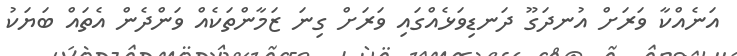
އަނެއްކާ ވަރަށް އުނދަގޫ ދަނޑިވަޅެއްގައި ވަރަށް ގިނަ ޒަމާންތަކެއް ވަންދެން އެތައް ބަޔަކު